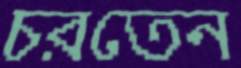
চরতেন